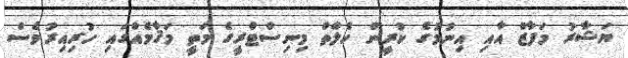
ޔަޝާރު މަފާޒް އާއި އިނުމުގެ ކުރީން ހެލްތް މިނިސްޓްރީގެ މަތީ މަޤާމެއްގައި ހުރިއިރުވެސް